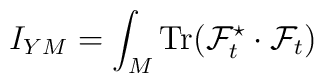
I_{YM} =  \int_{M} {\rm Tr}   ( {\cal F}_{t}^{\star} \cdot {\cal F}_{t} )